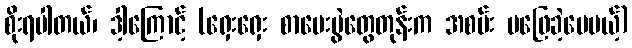
စိုးရပါတယ်၊ ဒါ့ကြောင့် (ရှေးရှေး စာမေးပွဲတွေတုန်းက အစမ်း မဖြေခဲ့ပေမယ့်)